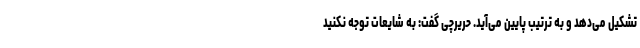
تشکیل می‌دهد و به ترتیب پایین می‌آید. حریرچی گفت: به شایعات توجه نکنید